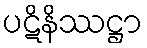
ပဋိနိဿဋ္ဌာ